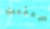
سيثبت